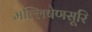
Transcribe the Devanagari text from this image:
मल्लिषेणसूरि